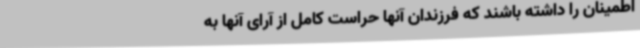
اطمینان را داشته باشند که فرزندان آنها حراست کامل از آرای آنها به